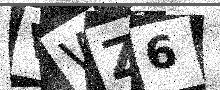
Text: VWZ6